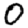
Digit: 0